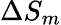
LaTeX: \Delta S_{m}